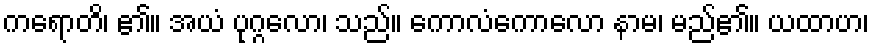
ကရောတိ၊ ၏။ အယံ ပုဂ္ဂလော၊ သည်။ ကောလံကောလော နာမ၊ မည်၏။ ယထာဟ၊